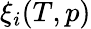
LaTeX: \xi_{i}(T,p)